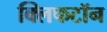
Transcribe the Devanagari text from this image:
क्लिफटॉन